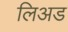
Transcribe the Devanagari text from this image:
लिअड